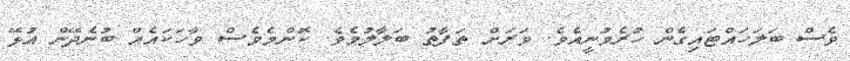
ވެސް ބަލަހައްޓައިގެން ހުރެވުނީއެވެ. ވަރަށް ތަފާތު ބަލާލުމެވެ. ކޮންމެވެސް ވާހަކައެއް ބުނެދޭން އުޅޭ